Vaccination in Burma 1920-1933 - 1920-1933
Year: 1920
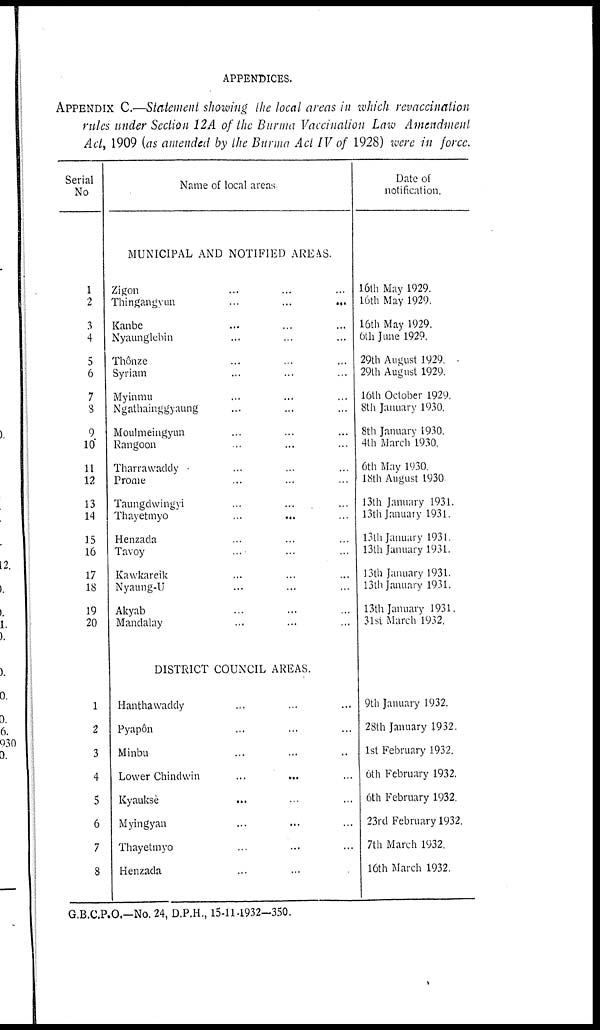
APPENDICES.
APPENDIX C.—Statement showing the local areas in which revaccination
rules under Section 12 A of the Burma Vaccination Law Amendment
Act, 1909 (as amended by the Burma Act IV of 1928) were in force.
Serial
No
1
2
3
4
5
6
7
3
9
10
11
12
13
14
15
16
17
18
19
20
1
2
3
4
5
6
7
8
Name of local areas
MUNICIPAL AND NOTIFIED AREAS.
Zigon ... ... ...
Thingangvun
...
...
...
Kanbe ... ... ...
Nyaunglebin ... ... ...
Thônze ... ... ...
Syriam ... ... ...
Myinmu ... ... ...
Ngathainggyaung ... ... ...
Moulmeingyun ... ... ...
Rangoon ... ... ...
Tharrawaddy ... ... ...
Prome ... ... ...
Taungdwingyi ... ... ...
Thayetmyo
...
...
...
Henzada ... ... ...
Tavoy ... ... ...
Kawkareik ... ... ...
Nyaung-U ... ... ...
Akyab ... ... ...
Mandalay ... ... ...
DISTRICT COUNCIL AREAS.
Hanthawaddy ... ... ...
Pyapôn ... ... ...
Minbu ... ... ...
Lower Chindwin
...
...
...
Kyauksè
...
...
...
Myingyan ... ... ...
Thayetmyo ... ... ...
Henzada ... ... ...
Date of
notification.
16th May 1929.
16th May 1929.
16th May 1929.
6th June 1929.
29th August 1929.
29th August 1929.
16th October 1929.
8th January 1930.
8th January 1930.
4th March 1930.
6th May 1930.
18th August 1930
13th January 1931.
13th January 1931.
13th January 1931.
13th January 1931.
13th January 1931.
13th January 1931.
13th January 1931.
31st March 1932.
9th January 1932.
28th January 1932.
1st February 1932.
6th February 1932.
6th February 1932.
23rd February 1932.
7th March 1932.
16th March 1932.
G.B.C.P.O.—No. 24, D.P.H., 15-11-1932—350.